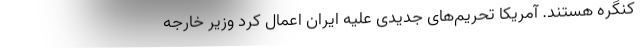
کنگره هستند. آمریکا تحریم‌های جدیدی علیه ایران اعمال کرد وزیر خارجه